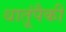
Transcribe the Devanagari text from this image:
धातूंपैकी